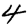
Digit: 4